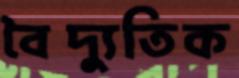
বৈদ্যুতিক